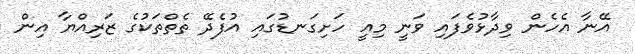
އޭނާ އެހެން ވިދާޅުވެފައި ވަނީ މިއީ ހަށިގަނޑުގައި އުފެދޭ ތެތްތަކުގެ ޒަރިއްޔާ އިން